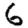
Digit: 6